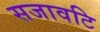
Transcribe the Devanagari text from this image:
सजावटि